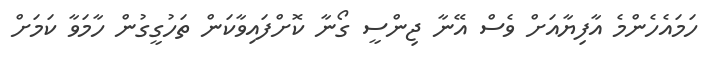
ހަމައެހެންމެ އާފިޔާއަށް ވެސް އޭނާ ޖިންސީ ގޯނާ ކޮށްފައިވާކަން ތަހުގީގުން ހާމަވާ ކަމަށް